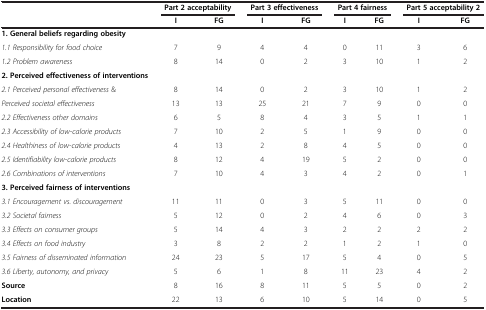
|  | <COLSPAN=2> Part 2 acceptability | <COLSPAN=2> Part 3 effectiveness | <COLSPAN=2> Part 4 fairness | <COLSPAN=2> Part 5 acceptability 2 |
 |  | I | FG | I | FG | I | FG | I | FG |
 | --- | --- | --- | --- | --- | --- | --- | --- | --- |
 | 1. General beliefs regarding obesity |  |  |  |  |  |  |  |  |
 | 1.1 Responsibility for food choice | 7 | 9 | 4 | 4 | 0 | 11 | 3 | 6 |
 | 1.2 Problem awareness | 8 | 14 | 0 | 2 | 3 | 10 | 1 | 2 |
 | 2. Perceived effectiveness of interventions |  |  |  |  |  |  |  |  |
 | 2.1 Perceived personal effectiveness & | 8 | 14 | 0 | 2 | 3 | 10 | 1 | 2 |
 | Perceived societal effectiveness | 13 | 13 | 25 | 21 | 7 | 9 | 0 | 0 |
 | 2.2 Effectiveness other domains | 6 | 5 | 8 | 4 | 3 | 5 | 1 | 1 |
 | 2.3 Accessibility of low-calorie products | 7 | 10 | 2 | 5 | 1 | 9 | 0 | 0 |
 | 2.4 Healthiness of low-calorie products | 4 | 13 | 2 | 8 | 4 | 5 | 0 | 0 |
 | 2.5 Identifiability low-calorie products | 8 | 12 | 4 | 19 | 5 | 2 | 0 | 0 |
 | 2.6 Combinations of interventions | 7 | 10 | 4 | 3 | 4 | 2 | 0 | 1 |
 | 3. Perceived fairness of interventions |  |  |  |  |  |  |  |  |
 | 3.1 Encouragement vs. discouragement | 11 | 11 | 0 | 3 | 5 | 11 | 0 | 0 |
 | 3.2 Societal fairness | 5 | 12 | 0 | 2 | 4 | 6 | 0 | 3 |
 | 3.3 Effects on consumer groups | 5 | 14 | 4 | 3 | 2 | 2 | 2 | 2 |
 | 3.4 Effects on food industry | 3 | 8 | 2 | 2 | 1 | 2 | 1 | 0 |
 | 3.5 Fairness of disseminated information | 24 | 23 | 5 | 17 | 5 | 4 | 0 | 5 |
 | 3.6 Liberty, autonomy, and privacy | 5 | 6 | 1 | 8 | 11 | 23 | 4 | 2 |
 | Source | 8 | 16 | 8 | 11 | 5 | 5 | 0 | 2 |
 | Location | 22 | 13 | 6 | 10 | 5 | 14 | 0 | 5 |